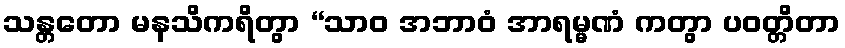
သန္တတော မနသိကရိတွာ “သာဝ အဘာဝံ အာရမ္မဏံ ကတွာ ပဝတ္တိတာ